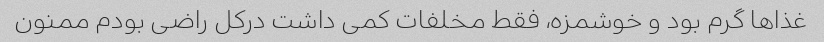
غذا‌ها گرم بود و خوشمزه، فقط مخلفات کمی داشت درکل راضی‌ بودم ممنون